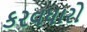
કરવધારો